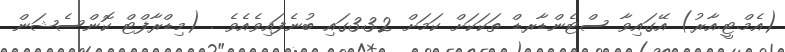
(އެމް.ޓީ.އާރު) އޭގައިވާ ސްޓެންޑާރޑް ތަކަކަށް ކަމަށް 3.3.2ގައި ބުނެފައިވެއެވެ . (މިޑްރާފްޓް ކޮންސެޝަން